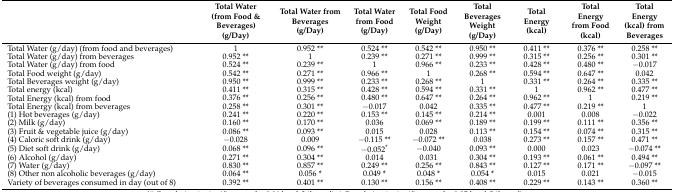
<table><thead><tr><td></td><td><b>Total Water (from Food &amp; Beverages) (g/Day)</b></td><td><b>Total Water from Beverages (g/Day)</b></td><td><b>Total Water from Food (g/Day)</b></td><td><b>Total Food Weight (g/Day)</b></td><td><b>Total Beverages Weight (g/Day)</b></td><td><b>Total Energy (kcal)</b></td><td><b>Total Energy from Food (kcal)</b></td><td><b>Total Energy (kcal) from Beverages</b></td></tr></thead><tbody><tr><td>Total Water (g/day) (from food and beverages)</td><td>1</td><td>0.952 **</td><td>0.524 **</td><td>0.542 **</td><td>0.950 **</td><td>0.411 **</td><td>0.376 **</td><td>0.258 **</td></tr><tr><td>Total Water (g/day) from beverages</td><td>0.952 **</td><td>1</td><td>0.239 **</td><td>0.271 **</td><td>0.999 **</td><td>0.315 **</td><td>0.256 **</td><td>0.301 **</td></tr><tr><td>Total Water (g/day) from food</td><td>0.524 **</td><td>0.239 **</td><td>1</td><td>0.966 **</td><td>0.233 **</td><td>0.428 **</td><td>0.480 **</td><td>−0.017</td></tr><tr><td>Total Food weight (g/day)</td><td>0.542 **</td><td>0.271 **</td><td>0.966 **</td><td>1</td><td>0.268 **</td><td>0.594 **</td><td>0.647 **</td><td>0.042</td></tr><tr><td>Total Beverages weight (g/day)</td><td>0.950 **</td><td>0.999 **</td><td>0.233 **</td><td>0.268 **</td><td>1</td><td>0.331 **</td><td>0.264 **</td><td>0.335 **</td></tr><tr><td>Total energy (kcal)</td><td>0.411 **</td><td>0.315 **</td><td>0.428 **</td><td>0.594 **</td><td>0.331 **</td><td>1</td><td>0.962 **</td><td>0.477 **</td></tr><tr><td>Total Energy (kcal) from food</td><td>0.376 **</td><td>0.256 **</td><td>0.480 **</td><td>0.647 **</td><td>0.264 **</td><td>0.962 **</td><td>1</td><td>0.219 **</td></tr><tr><td>Total Energy (kcal) from beverages</td><td>0.258 **</td><td>0.301 **</td><td>−0.017</td><td>0.042</td><td>0.335 **</td><td>0.477 **</td><td>0.219 **</td><td>1</td></tr><tr><td>(1) Hot beverages (g/day)</td><td>0.241 **</td><td>0.220 **</td><td>0.153 **</td><td>0.145 **</td><td>0.214 **</td><td>0.001</td><td>0.008</td><td>−0.022</td></tr><tr><td>(2) Milk (g/day)</td><td>0.160 **</td><td>0.170 **</td><td>0.036</td><td>0.069 **</td><td>0.189 **</td><td>0.199 **</td><td>0.111 **</td><td>0.356 **</td></tr><tr><td>(3) Fruit &amp; vegetable juice (g/day)</td><td>0.086 **</td><td>0.093 **</td><td>0.015</td><td>0.028</td><td>0.113 **</td><td>0.154 **</td><td>0.074 **</td><td>0.315 **</td></tr><tr><td>(4) Caloric soft drink (g/day)</td><td>−0.028</td><td>0.009</td><td>−0.115 **</td><td>−0.072 **</td><td>0.038</td><td>0.273 **</td><td>0.157 **</td><td>0.471 **</td></tr><tr><td>(5) Diet soft drink (g/day)</td><td>0.068 **</td><td>0.096 **</td><td>−0.052<sup>*</sup></td><td>−0.040</td><td>0.093 **</td><td>0.000</td><td>0.023</td><td>−0.074 **</td></tr><tr><td>(6) Alcohol (g/day)</td><td>0.271 **</td><td>0.304 **</td><td>0.014</td><td>0.031</td><td>0.304 **</td><td>0.193 **</td><td>0.061 **</td><td>0.494 **</td></tr><tr><td>(7) Water (g/day)</td><td>0.830 **</td><td>0.857 **</td><td>0.249 **</td><td>0.256 **</td><td>0.843 **</td><td>0.127 **</td><td>0.171 **</td><td>−0.097 **</td></tr><tr><td>(8) Other non alcoholic beverages (g/day)</td><td>0.064 **</td><td>0.056 *</td><td>0.049 *</td><td>0.048 *</td><td>0.054 *</td><td>0.015</td><td>0.021</td><td>−0.015</td></tr><tr><td>Variety of beverages consumed in day (out of 8)</td><td>0.392 **</td><td>0.401 **</td><td>0.130 **</td><td>0.156 **</td><td>0.408 **</td><td>0.229 **</td><td>0.143 **</td><td>0.360 **</td></tr></tbody></table>